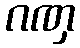
ဂဏှ